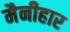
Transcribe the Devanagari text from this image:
मैनीहार